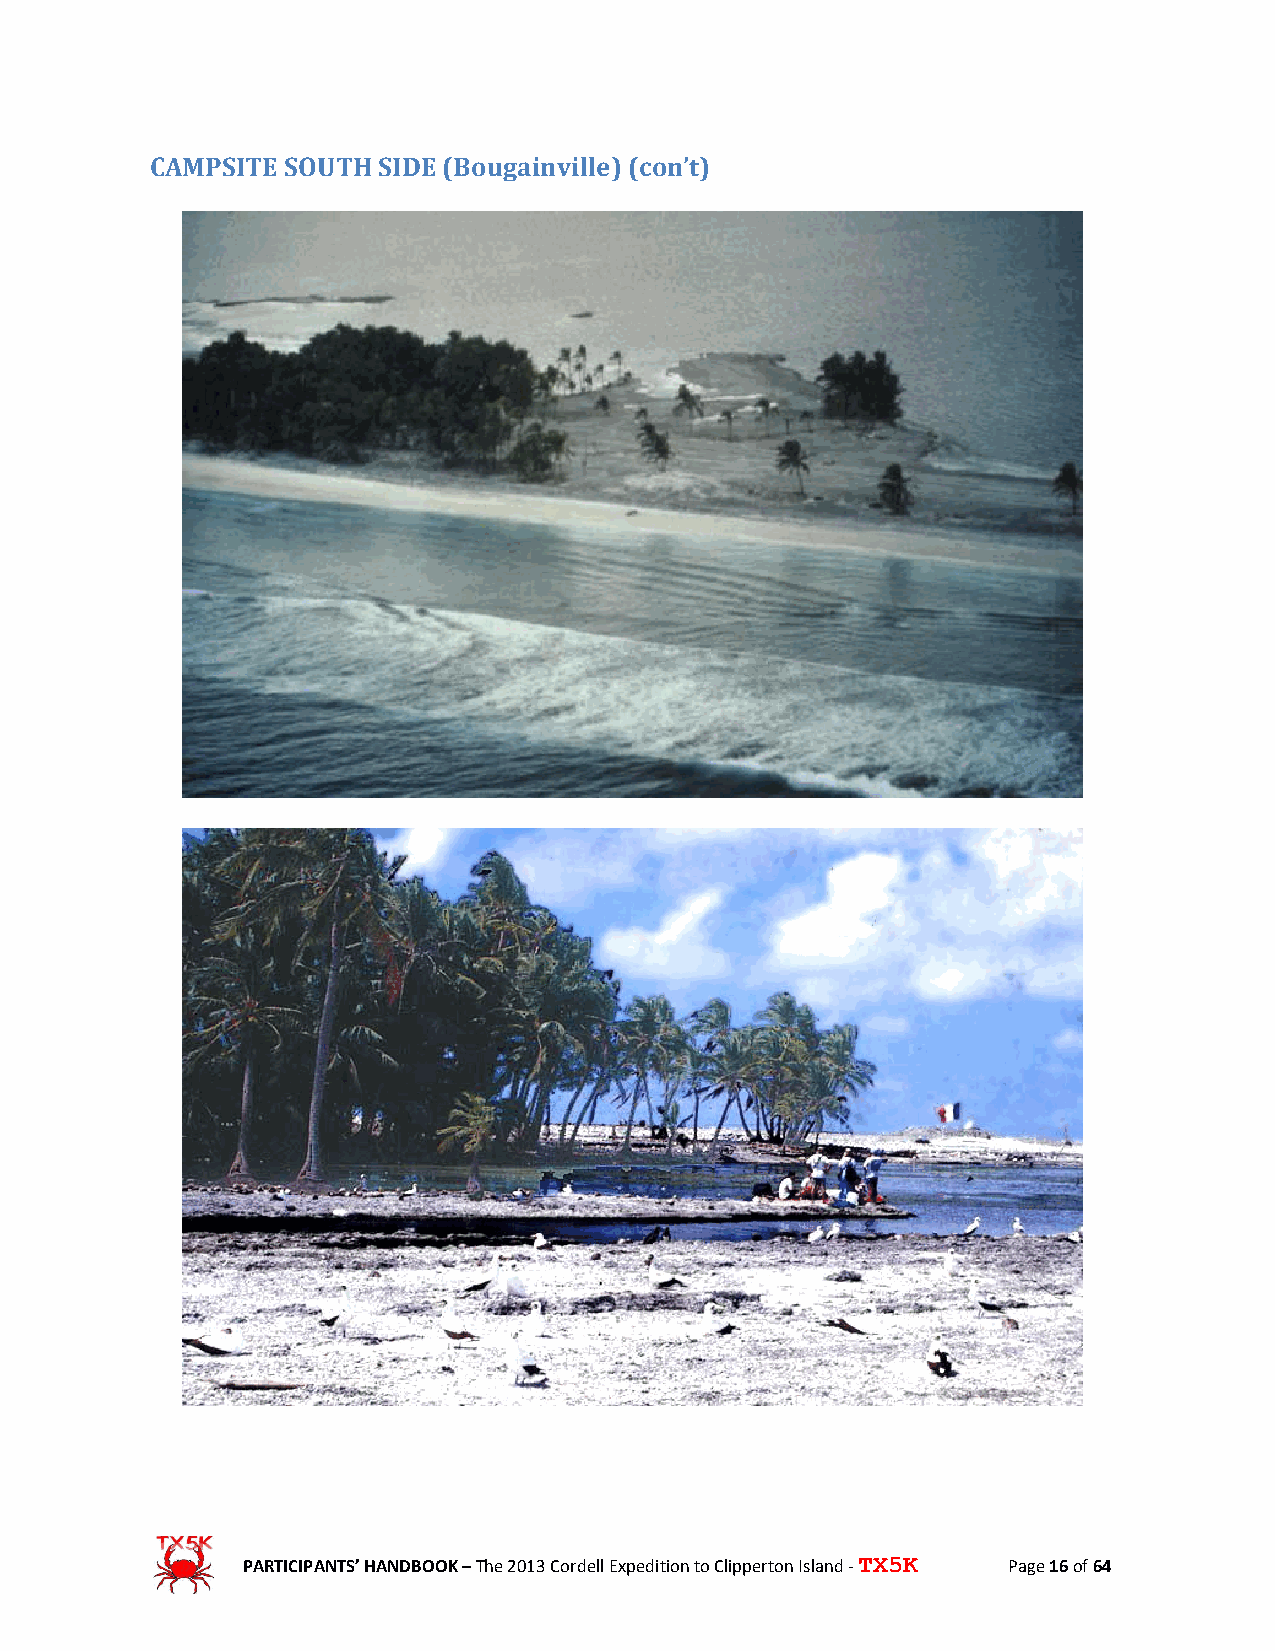
CAMPSITE SOUTH SIDE (Bougainville) (con’t)
 PARTICIPANTS’ HANDBOOK – The 2013 Cordell Expedition to Clipperton Island - TX5K Page 16 of 64